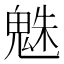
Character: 𩳅